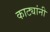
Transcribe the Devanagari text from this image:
काट्यांनी